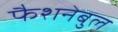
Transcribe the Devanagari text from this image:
फैशनेबुल